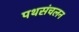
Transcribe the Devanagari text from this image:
पथसंचलन